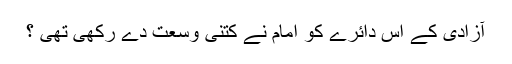
آزادی کے اس دائرے کو امامؒ نے کتنی وسعت دے رکھی تھی ؟